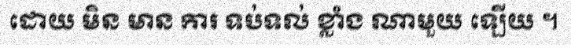
ដោយ មិន មាន ការ ទប់ទល់ ខ្លាំង ណាមួយ ឡើយ ។